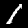
Label: 1